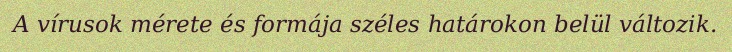
A vírusok mérete és formája széles határokon belül változik.